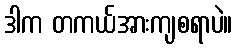
ဒါက တကယ်အားကျစရာပဲ။